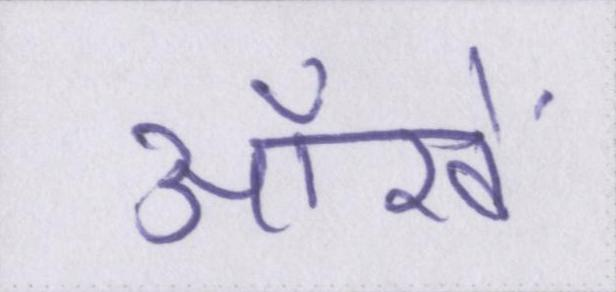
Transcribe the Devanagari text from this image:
ऑंखें